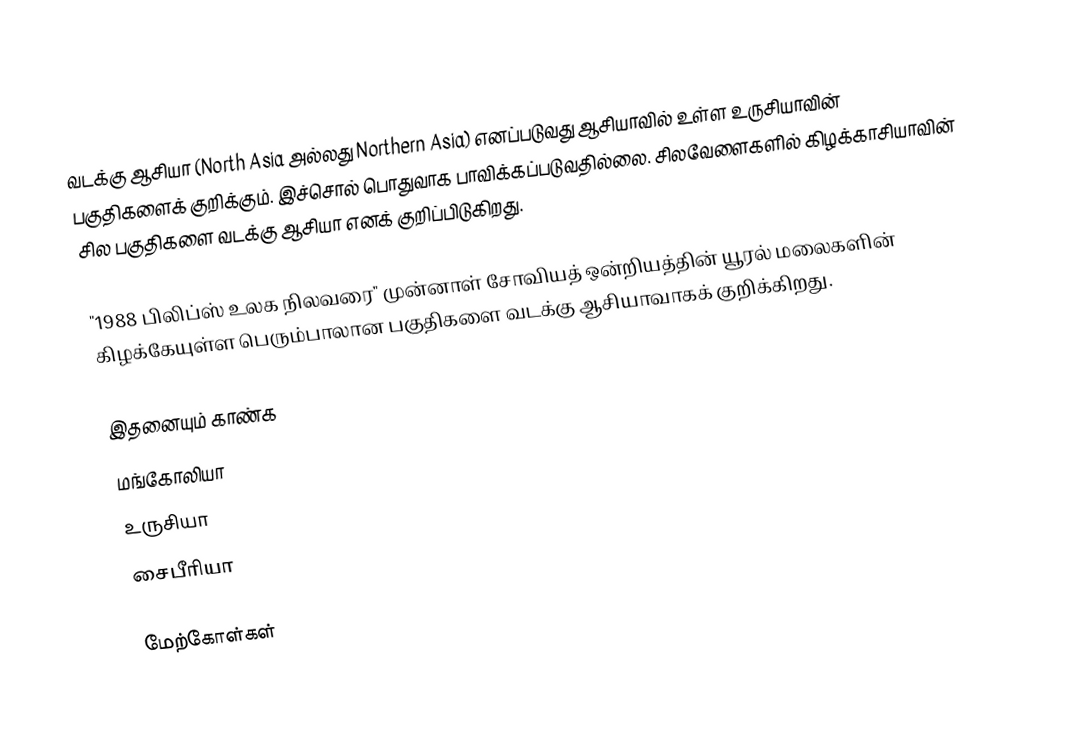
வடக்கு ஆசியா (North Asia அல்லது Northern Asia) எனப்படுவது ஆசியாவில் உள்ள உருசியாவின் பகுதிகளைக் குறிக்கும். இச்சொல் பொதுவாக பாவிக்கப்படுவதில்லை. சிலவேளைகளில் கிழக்காசியாவின் சில பகுதிகளை வடக்கு ஆசியா எனக் குறிப்பிடுகிறது.

"1988 பிலிப்ஸ் உலக நிலவரை" முன்னாள் சோவியத் ஒன்றியத்தின் யூரல் மலைகளின் கிழக்கேயுள்ள பெரும்பாலான பகுதிகளை வடக்கு ஆசியாவாகக் குறிக்கிறது.

இதனையும் காண்க
 மங்கோலியா
 உருசியா
 சைபீரியா

மேற்கோள்கள்